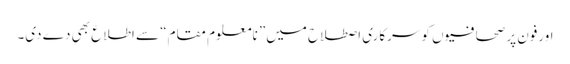
اورفون پر صحافیوں کو سرکاری اصطلاح میں” نامعلوم مقام“ سے اطلاع بھی دے دی۔